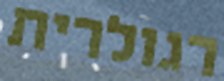
רגולרית